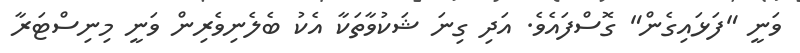
ވަނީ "ފަޅައިގެން" ގޮސްފައެވެ. އަދި ގިނަ ޝަކުވާތަކާ އެކު ބެލެނިވެރިން ވަނީ މިނިސްޓަރާ